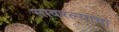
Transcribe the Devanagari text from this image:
सावरल्याचा